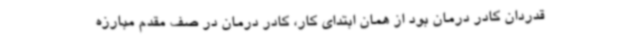
قدردان کادر درمان بود از همان ابتدای کار، کادر درمان در صف مقدم مبارزه